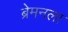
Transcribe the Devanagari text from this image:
ब्रेमनला